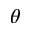
\theta